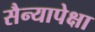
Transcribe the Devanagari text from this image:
सैन्यापेक्षा